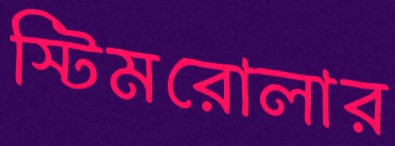
স্টিমরোলার